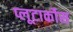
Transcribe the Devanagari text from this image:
प्लूटार्कोस